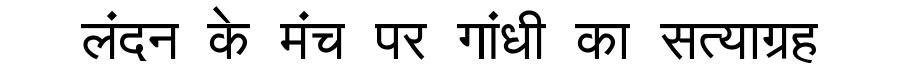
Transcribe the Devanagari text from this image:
लंदन के मंच पर गांधी का सत्याग्रह